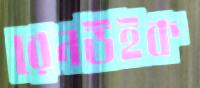
রেনউইক